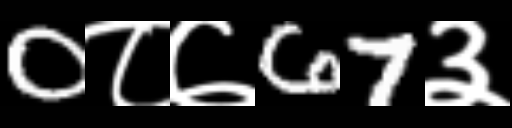
Text: 0८७67३